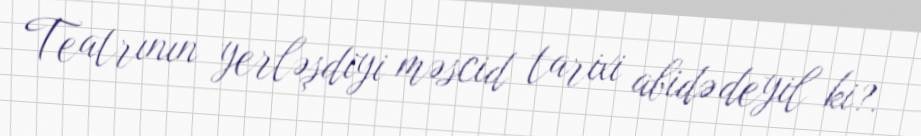
Teatrının yerləşdiyi məscid tarixi abidə deyil ki?.